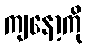
ကျနော့ကို